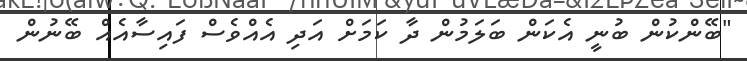
"ބޭންކުން ބުނީ އެކަން ބަލަމުން ދާ ކަމަށް އަދި އެއްވެސް ފައިސާއެއް ބޭނުން